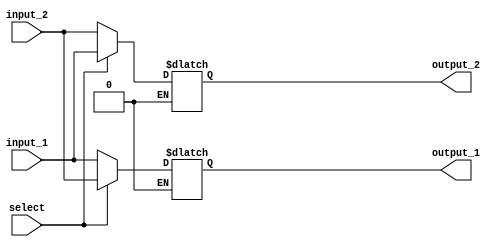
module SwitchCircuit
(
input_1,
input_2,
select,
output_1,
output_2
);
input [0:7] input_1;
input [0:7] input_2;
input select;
output reg [0:7] output_1;
output reg [0:7] output_2;
always @(select) begin
	if (select  ==  1'b0)
	begin
	output_1 = input_1;
	output_2 = input_2;
	end
	if (select  ==  1'b1)
	begin
	output_1 = input_2;
	output_2 = input_1;
	end
end
endmodule